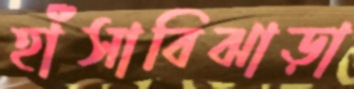
হাঁসাবিঝাড়া